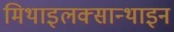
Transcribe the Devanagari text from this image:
मिथाइलक्सान्थाइन